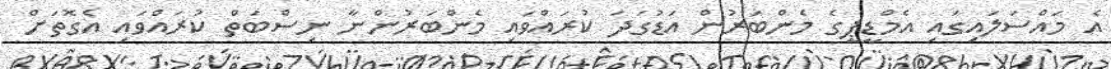
އެ މައްސަލައިގައި އެމްޑީޕީގެ މެންބަރުން އަޑުގަދަ ކުރައްވައި މެންބަރުންނާ ނިސްބަތް ކުރައްވައި އެގޮތަށް